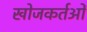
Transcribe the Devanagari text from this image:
खोजकर्तओं